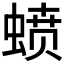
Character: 𰳊